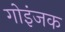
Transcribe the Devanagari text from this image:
गोइंजक